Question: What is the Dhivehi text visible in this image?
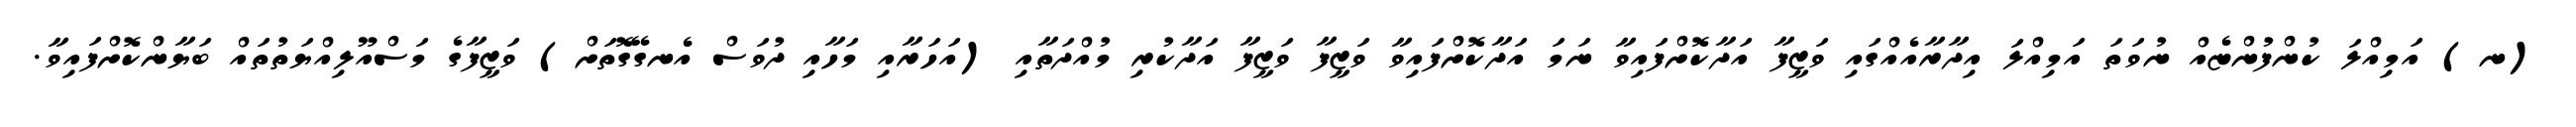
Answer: (ނ) އަމިއްލަ ކުންފުންޏެއް ނުވަތަ އަމިއްލަ އިދާރާއެއްގައި ވަޒީފާ އަދާކޮށްފައިވާ ނަމަ އަދާކޮށްފައިވާ ވަޒީފާ ވަޒީފާ އަދާކުރި މުއްދަތާއި (އަހަރާއި މަހާއި ދުވަސް އެނގޭގޮތަށް) ވަޒީފާގެ މަސްއޫލިއްޔަތުތައް ބަޔާންކޮށްފައިވާ.